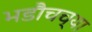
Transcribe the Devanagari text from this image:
भडौचच्या